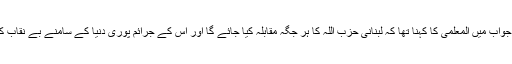
ایک سوال کے جواب میں المعلمی کا کہنا تھا کہ لبنانی حزب اللہ کا ہر جگہ مقابلہ کیا جائے گا اور اس کے جرائم پوری دنیا کے سامنے بے نقاب کیے جائیں گے۔